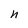
Character: n